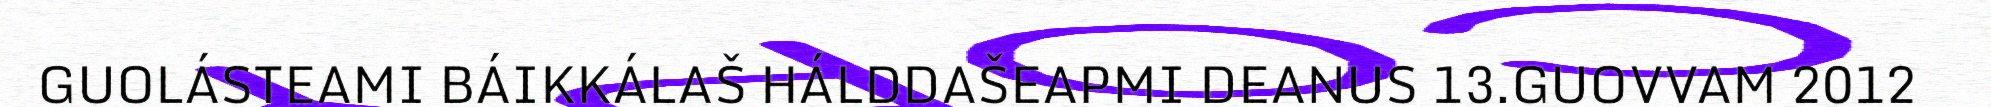
GUOLÁSTEAMI BÁIKKÁLAŠ HÁLDDAŠEAPMI DEANUS 13.GUOVVAM 2012